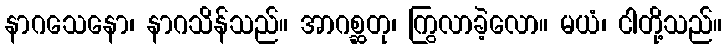
နာဂသေနော၊ နာဂသိန်သည်။ အာဂစ္ဆတု၊ ကြွလာခဲ့လော။ မယံ၊ ငါတို့သည်။